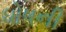
ધોષની